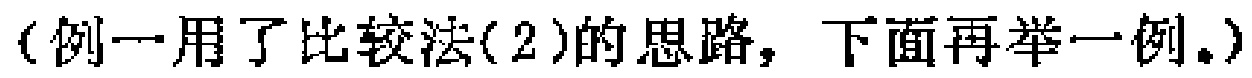
（例一用了比较法(2)的思路，下面再举一例。）